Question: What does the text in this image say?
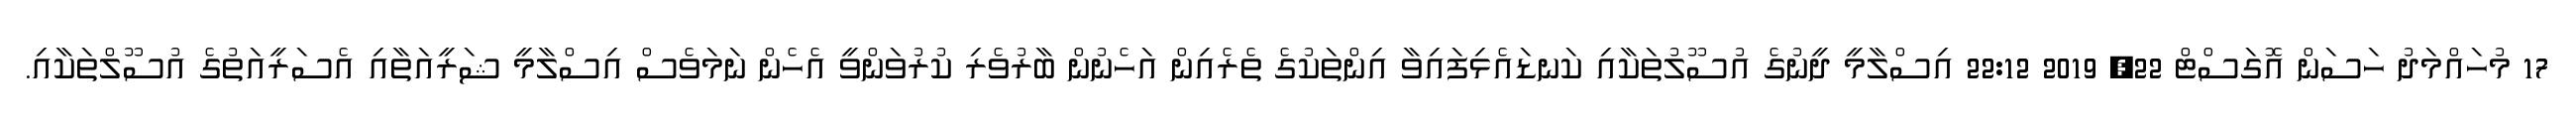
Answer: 17 މުހައްމަދު ހަސަން އޮގަސްޓް 22, 2019 22:12 އިސްލާމީ ދީނުގެ އުސޫލުތަކާއި ކަނޑައެޅިފައިވާ އިންތަކުގެ ތެރެއިން އަހެނުން ބާރުވެރި ކުރުވަންވީ އެހެން ނަމަވެސް އިސްލާމީ ޝަރީއަތާއި އެސަރީއަތުގެ އުސޫލްތަކާއި.